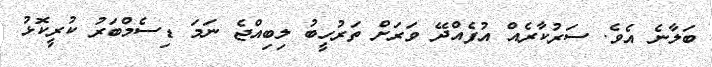
ބަލާނެ އެވެ. ސަރުކާރެއް އުފެއްދޭ ވަރަށް ތަރުހީބު ލިބިއްޖެ ނަމަ ޑިސެމްބަރު ކުރީކޮޅު